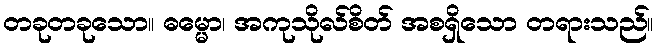
တခုတခုသော။ ဓမ္မော၊ အကုသိုလ်စိတ် အစရှိသော တရားသည်။